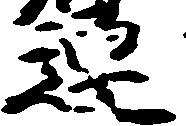
連